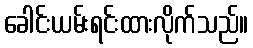
ခေါင်းယမ်းရင်းထားလိုက်သည်။